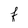
Character: f